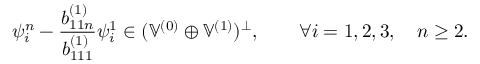
\psi _ { i } ^ { n } - \frac { b _ { 1 1 n } ^ { ( 1 ) } } { b _ { 1 1 1 } ^ { ( 1 ) } } \psi _ { i } ^ { 1 } \in ( \mathbb { V } ^ { ( 0 ) } \oplus \mathbb { V } ^ { ( 1 ) } ) ^ { \perp } , \qquad \forall i = 1 , 2 , 3 , \quad n \geq 2 .